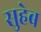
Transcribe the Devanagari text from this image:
सुहेब